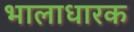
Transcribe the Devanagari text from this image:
भालाधारक